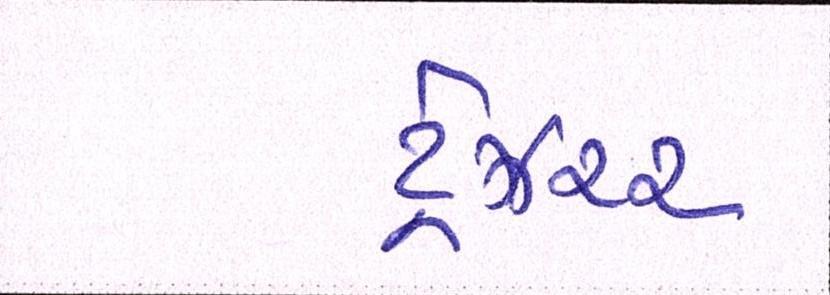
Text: ટ્રેઝરર